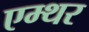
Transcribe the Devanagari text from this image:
एम्थर